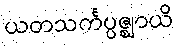
ယတသင်္ကပ္ပဇ္ဈာယိ